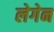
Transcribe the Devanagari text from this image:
लेगेन